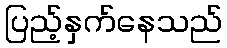
ပြည့်နှက်နေသည်